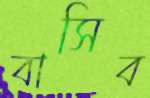
বাসিব